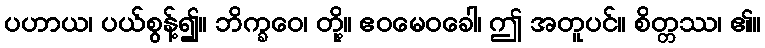
ပဟာယ၊ ပယ်စွန့်၍။ ဘိက္ခဝေ၊ တို့။ ဧဝမေဝခေါ၊ ဤ အတူပင်။ စိတ္တဿ၊ ၏။